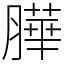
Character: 𦠜